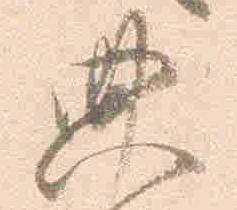
典